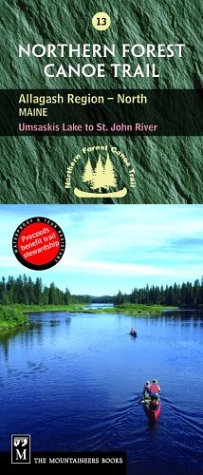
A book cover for Northern Forest Canoe Trail: Allagash Region, North, Maine, Umsaskis Lake to St. John River (Northern Forest Canoe Trail Maps); Northern Forest Canoe Trail; Travel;